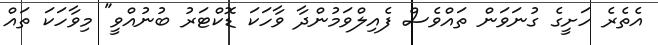
އެތެރެ ހަށީގެ ގުނަވަން ތައްވެސް ފެއިލްވަމުންދާ ވާހަކަ ޑޮކްޓަރު ބުނުއްވީ" މިވާހަކަ ތައް